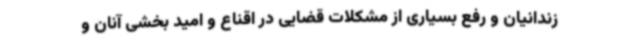
زندانیان و رفع بسیاری از مشکلات قضایی در اقناع و امید بخشی آنان و